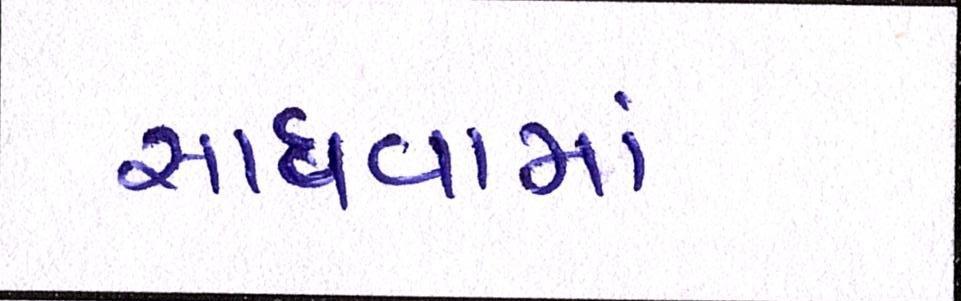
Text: સાધવામાં